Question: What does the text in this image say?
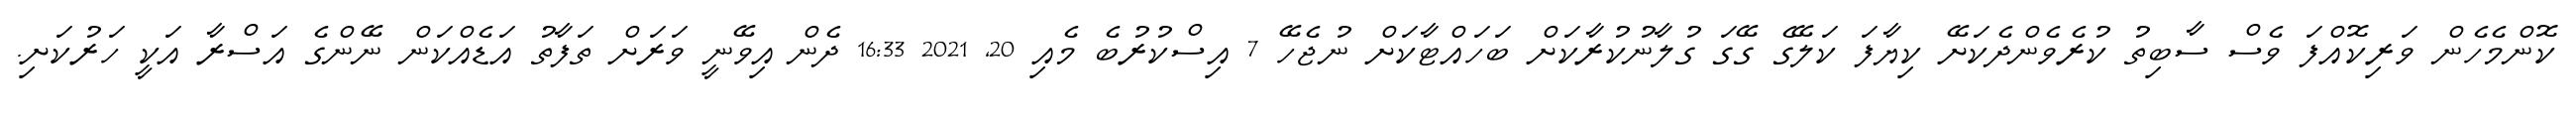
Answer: ކޮންމެހެން ވަރިކޮއްފަ ވެސް ސާބިތު ކުރެވެންދެކަށޭ ކިޔާފަ ކަލޭގެ ގޭގަ ގުލާނުކުރާކަށް ބަހައްޓާކަށް ނުޖެހޭ 7 އިސްކުރުބެ މެއި 20, 2021 16:33 ދެން އިވޭނީ ވަރަށް ތަފާތު އަޑެއްކަން ނޭންގެ އަސްރާ އަކީ ހަރުކަށި.